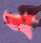
অ